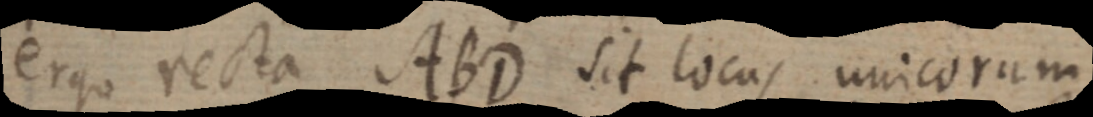
ergo recta ABD sit locus unicorum